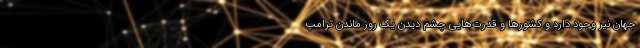
جهان نیز وجود دارد و کشورها و قدرت‌هایی چشم دیدن یک روز ماندن ترامپ